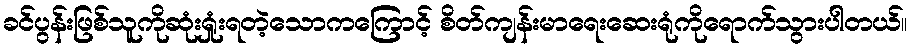
ခင်ပွန်းဖြစ်သူကိုဆုံးရှုံးရတဲ့သောကကြောင့် စိတ်ကျန်းမာရေးဆေးရုံကိုရောက်သွားပါတယ်။